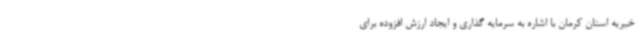
خیریه استان کرمان با اشاره به سرمایه گذاری و ایجاد ارزش افزوده برای